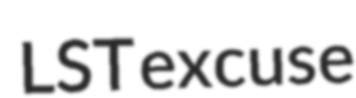
LST excuse